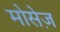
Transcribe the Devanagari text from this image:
मोसेज़